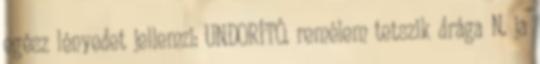
egész lényedet jellemzi: UNDORÍTÓ. remélem tetszik drága N. ja